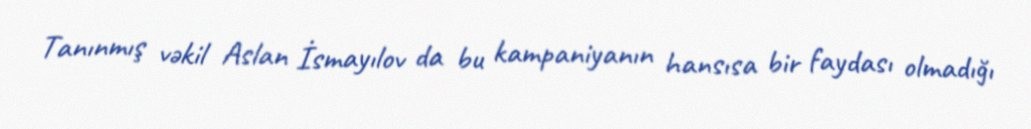
Tanınmış vəkil Aslan İsmayılov da bu kampaniyanın hansısa bir faydası olmadığı